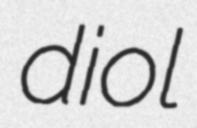
diol